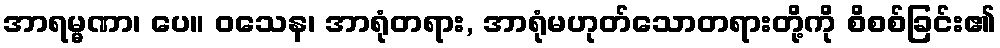
အာရမ္မဏာ၊ ပေ။ ဝသေန၊ အာရုံတရား, အာရုံမဟုတ်သောတရားတို့ကို စိစစ်ခြင်း၏